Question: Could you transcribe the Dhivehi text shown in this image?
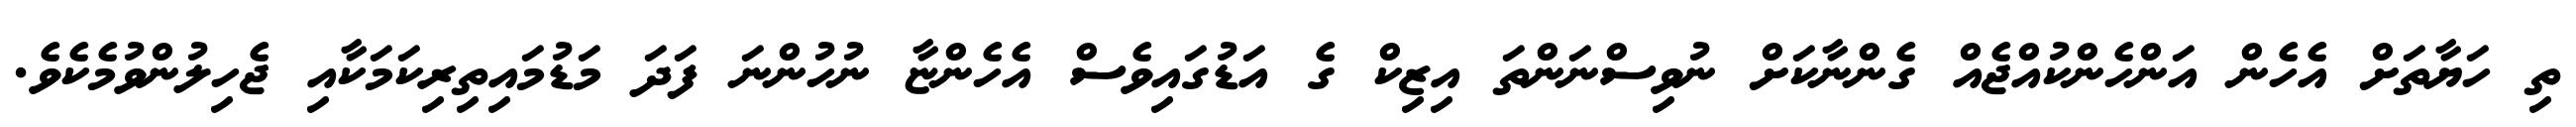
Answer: ތި ހަޔާތަށް އެހެން އަންހެންކުއްޖެއް ގެންނާކަށް ނުވިސްނަންތަ އިޒިކް ގެ އަޑުގައިވެސް އެހެންޏާ ނުހުންނަ ފަދަ މަޑުމައިތިރިކަމަކާއި ޖެހިލުންވުމެކެވެ.